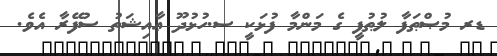
ޑރ މުޞްޠަފާ ލުޠުފީ ގެ މަންމާ ފުޅަކީ ސ.ހުޅުދޫ ޢާއިޝަތު ސުފޭރާ އެވެ.